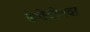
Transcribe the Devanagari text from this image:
केरोसीनचा